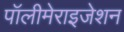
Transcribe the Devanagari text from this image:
पॉलीमेराइजेशन